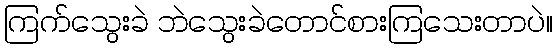
ကြက်သွေးခဲ ဘဲသွေးခဲတောင်စားကြသေးတာပဲ။